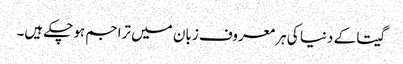
گیتا کے دنیا کی ہر معروف زبان میں تراجم ہوچکے ہیں۔